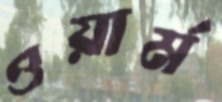
ওয়ার্ম